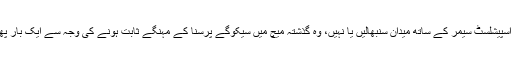
میتھیوز اس پریشانی میں مبتلا ہیں کہ ایک آل راؤنڈر کی جگہ اسپیشلسٹ سیمر کے ساتھ میدان سنبھالیں یا نہیں، وہ گذشتہ میچ میں سیکوگے پرسنا کے مہنگے ثابت ہونے کی وجہ سے ایک بار پھر سچترا سینا نائیکے کو بھی واپس لانے پر غور کررہے ہیں۔